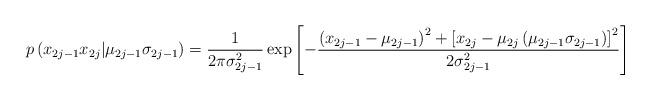
LaTeX: \begin{align*}p\left( x_{2j-1}x_{2j}|\mu_{2j-1}\sigma_{2j-1}\right)\overset{}{=}\frac{1}{2\pi\sigma_{2j-1}^{2}}\exp\left[-\frac{\left( x_{2j-1}-\mu_{2j-1}\right) ^{2}+\left[ x_{2j}-\mu_{2j}\left(\mu_{2j-1}\sigma_{2j-1}\right) \right] ^{2}}{2\sigma_{2j-1}^{2}}\right] \end{align*}